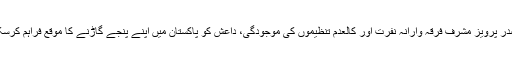
سابق صدر پرویز مشرف فرقہ وارانہ نفرت اور کالعدم تنظیموں کی موجودگی، داعش کو پاکستان میں اپنے پنجے گاڑنے کا موقع فراہم کرسکتی ہے۔